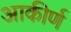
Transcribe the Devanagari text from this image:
आकीर्ण